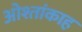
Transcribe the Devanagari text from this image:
ओश्तांकाह